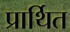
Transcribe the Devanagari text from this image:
प्रार्थित